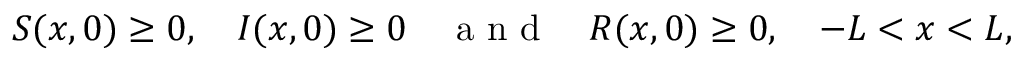
S ( x , 0 ) \geq 0 , \quad I ( x , 0 ) \geq 0 \quad \mathrm { ~ a ~ n ~ d ~ } \quad R ( x , 0 ) \geq 0 , \quad - L < x < L ,